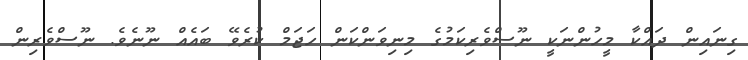
ގިނައިން ދައްކާ މީހުންނަކީ ނޫސްވެރިކަމުގެ މިނިވަންކަން ހަޖަމް ކުރެވޭ ބައެއް ނޫނެވެ. ނޫސްވެރިން